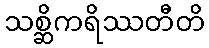
သစ္ဆိကရိဿတီတိ